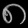
Digit: ၈